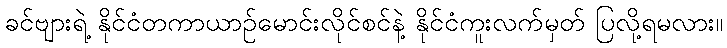
ခင်ဗျားရဲ့ နိုင်ငံတကာယာဉ်မောင်းလိုင်စင်နဲ့ နိုင်ငံကူးလက်မှတ် ပြလို့ရမလား။